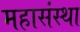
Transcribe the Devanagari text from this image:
महासंस्था